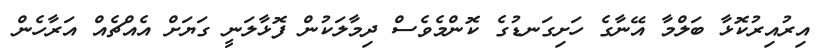
އިރުއިރުކޮޅާ ބަލްމާ އޭނާގެ ހަށިގަނޑުގެ ކޮންމެވެސް ދިމާލަކުން ފޮޅާލަނީ ގަޔަށް އެއްޗެއް އަރާހެން